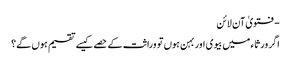
- فتویٰ آن لائن
اگر ورثاء میں بیوی اور بہن ہوں تو وراثت کے حصے کیسے تقسیم ہوں گے؟